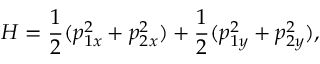
H = \frac { 1 } { 2 } ( p _ { 1 x } ^ { 2 } + p _ { 2 x } ^ { 2 } ) + \frac { 1 } { 2 } ( p _ { 1 y } ^ { 2 } + p _ { 2 y } ^ { 2 } ) ,